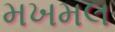
મખમલ